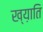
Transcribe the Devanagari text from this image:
ख्य़ाति